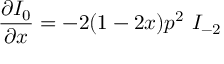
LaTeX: \frac { \partial I _ { 0 } } { \partial x } = - 2 ( 1 - 2 x ) p ^ { 2 } \ I _ { - 2 }